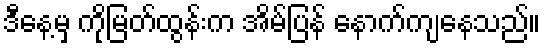
ဒီနေ့မှ ကိုမြတ်ထွန်းက အိမ်ပြန် နောက်ကျနေသည်။